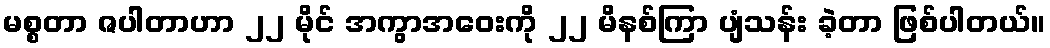
မစ္စတာ ဇပါတာဟာ ၂၂ မိုင် အကွာအဝေးကို ၂၂ မိနစ်ကြာ ပျံသန်း ခဲ့တာ ဖြစ်ပါတယ်။